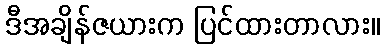
ဒီအချိန်ဇယားက ပြင်ထားတာလား။